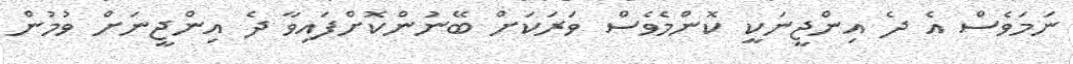
ނަމަވެސް އެ ދެ އިންޖީނަކީ ކޮންމެވެސް ވަރަކަށް ބޭނުންކޮށްފައިވާ ދެ އިންޖީނަށް ވުމުން